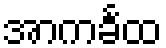
အာကင်္ခထ